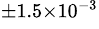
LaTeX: ^{\pm 1.5\times 10^{-3}}